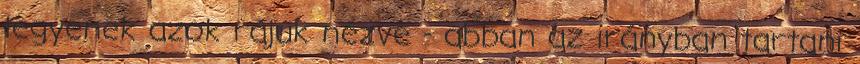
legyenek azok rájuk nézve - abban az irányban tartani